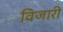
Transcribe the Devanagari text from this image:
विजारी